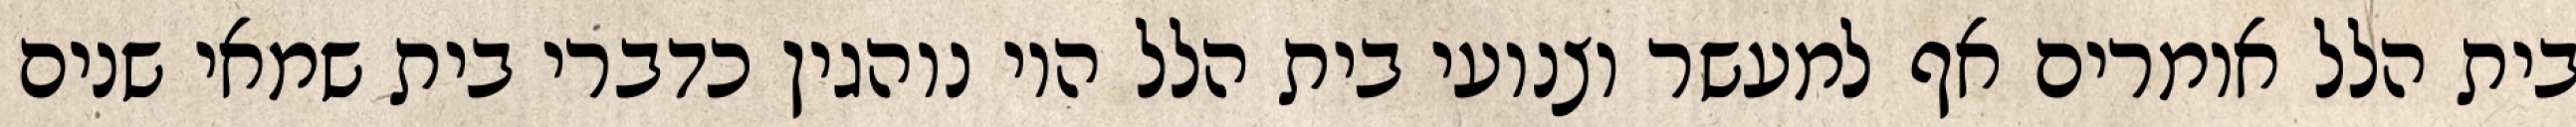
בית הלל אומרים אף למעשר וצנועי בית הלל היו נוהגין כדברי בית שמאי שנים